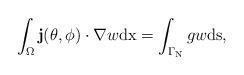
LaTeX: \begin{align*}\\\int_\Omega \mathbf{j}( \theta , \phi)\cdot \nabla w\mathrm{dx}=\int_{\Gamma_{\rm N}}g w\mathrm{ds}, \end{align*}